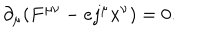
LaTeX: \partial _ { \mu } ( F ^ { \mu \nu } - e j ^ { \mu } x ^ { \nu } ) = 0 .